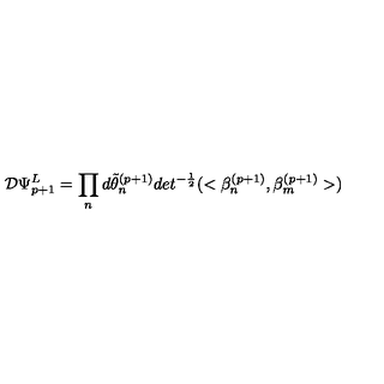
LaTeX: { \cal D } \Psi _ { p + 1 } ^ { L } = \prod _ { n } d \tilde { \theta } _ { n } ^ { ( p + 1 ) } d e t ^ { - { \frac { 1 } { 2 } } } ( < \beta _ { n } ^ { ( p + 1 ) } , \beta _ { m } ^ { ( p + 1 ) } > )